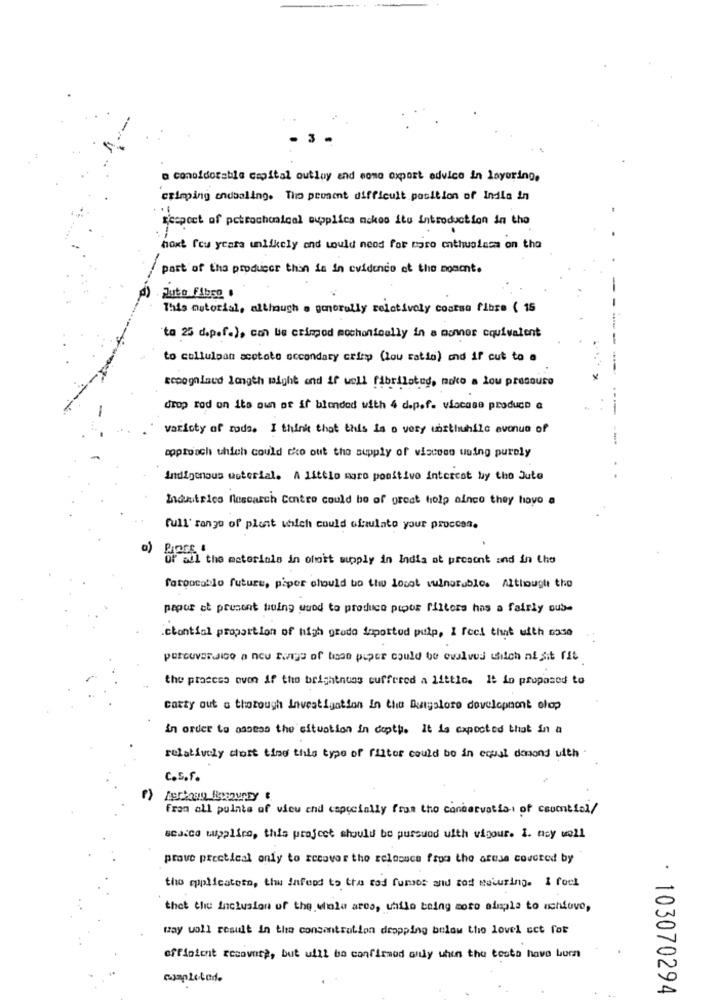
- 3 .
a conoidotable capital outloy and some oxport advice in layering.
crimping endaaling. The present difficult position of India in
...
respect of petrochemical supplica mcken itu introduction in the
hoxt fou years unlikely and would need for maro enthusiasm on the
part of the producer than in in evidence of the moment.
-
Juto Fibro .
This mutorial, although a gonorally relatively costsa fibre ( 15
--
to 25 depef.), con be crimpod mochonically in a monner cquivalent
-
to colluloan acetoto occondary crisp (lou ratio) and if cut to a
scoognlaud length might and if well fibrilated, mokto a lou presouso
drop rod on its own of if blended with 4 depef. viacase produce a
variety of roda. I think that this is a very worthwhile avenue of
coptooch which could cio out the supply of viscoso uwing purely
Indigenous wsterial. A little more positivo intercot by the Jute
Industries Research Contro could be of great help since they have a
Cull' range of plant which could ofaulato your process.
0) PIPEE .
OF all the materials in ohioit supply in India at present and in the
fargocable future, piper should bo tiw lesot winoruble. Although the
papur et present tuing uuod to produce popos filters has a fairly ous-
contial proportion of high grodo Exported pulp, I feel that with cose
porouvarico a ncu tonge of tisse piper could be owalves which af Sit fit
the process oven if the brightness cuffered a little. le in proposed to
catty out a thorough Investigation In the Duigsloro development olop
in order to assess the situation in cepty. It is expected that in a
relatively chost ting this type of filter could be in equal demons with
C.S.F.
Fran all pulnte of view end capscially fraa tho conbarvatisi of courtial/
scacco wupplire, this project should be pursued with vigour. i. ney well
prove practical only to zceover the relasuce fipa the acusa covered by
the applicaters, the Infoed to the ted fumos and red maturing. I fock
thet the Inclusion of the whole ares, while being more aluple to achieve,
may voll result in the concentration dropping below the lovel act for
efficient recount), but will be confirmed only when the tests have born
amlotede
· 103070294